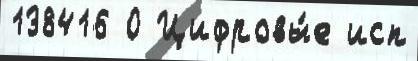
138416 0 Цифровы́е исп